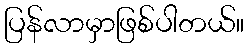
ပြန်လာမှာဖြစ်ပါတယ်။